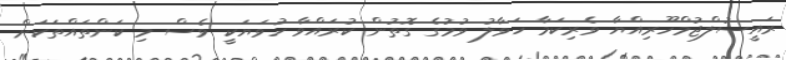
ރައީސުލްޖުމްހޫރިއްޔާ ވެރިކަމާ ހަވާލު ވުމުގެ ގޮތުން ކުރައްވާ ހުވަޔަކީ ވެސް މި ކަންތައްތަކަށް